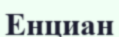
Енциан